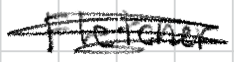
Text: Fletcher
Cross-out: scratch
Writing tool: digital_black